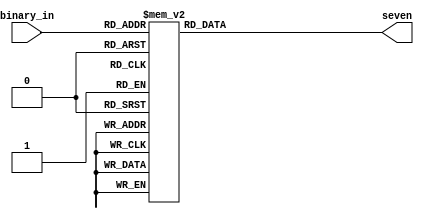
`timescale 1ns / 1ps
//////////////////////////////////////////////////////////////////////////////////
// Company: 
// Engineer: 
// 
// Design Name: 
// Module Name:    binary_to_segment 
// Project Name: 
// Target Devices: 
// Tool versions: 
// Description: 
//
// Dependencies: 
//
// Revision: 
// Revision 0.01 - File Created
// Additional Comments: 
//
//////////////////////////////////////////////////////////////////////////////////
module binary_to_segment(
	 input [4:0] binary_in,
    output reg [6:0] seven
    );

always @(binary_in)
begin

    case(binary_in) 
															
        5'd0: seven =7'b0000001;           
        5'd1: seven =7'b1001111;           
        5'd2: seven =7'b0010010;            
        5'd3: seven =7'b0000110;           
		  5'd4: seven =7'b1001100;				
        5'd5: seven =7'b0100100;
        5'd6: seven =7'b0100000;
        5'd7: seven =7'b0001111;
        5'd8: seven =7'b0000000;
        5'd9: seven =7'b0000100;
        5'd10: seven = 7'b0001000;         
        5'd11: seven = 7'b1100000;          
        5'd12: seven  = 7'b0110001;         
		  5'd13: seven =7'b1000010;			
		  5'd14: seven = 7'b0110000;				
		  5'd15: seven = 7'b0111000;			
		  5'd16: seven = 7'b1111110;				
		  5'd17: seven = 7'b1110001;				
		  5'd18: seven = 7'b0100100;				
		  5'd19: seven = 7'b0011000;				
		  5'd20: seven = 7'b1101010;				
		  5'd21: seven  = 7'b1111111;				
		  5'd23: seven   = 7'b1100011;			
		  5'd24: seven  = 7'b1110000;		

			
        default: seven  = 7'h1;
    endcase
end

endmodule